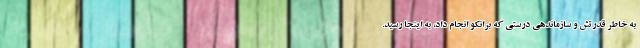
به خاطر قدرتش و سازماندهی درستی که برانکو انجام داد، به اینجا رسید.